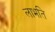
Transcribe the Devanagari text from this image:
लाभति